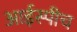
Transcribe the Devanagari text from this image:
आईस्पीच